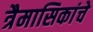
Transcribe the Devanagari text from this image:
त्रैमासिकांचे